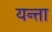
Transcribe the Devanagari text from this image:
यन्ता